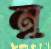
নু